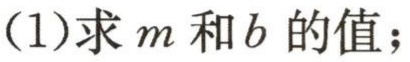
(1)求\(m\)和\(b\)的值；